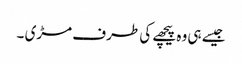
جیسے ہی وہ پیچھے کی طرف مڑی ۔